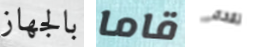
بالجهاز قاما تقحم